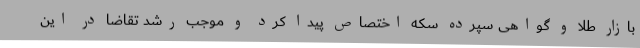
بازار طلا و گواهی سپرده سکه اختصاص پیدا کرد و موجب رشد تقاضا در این